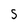
Character: S